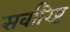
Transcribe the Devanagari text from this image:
सर्वारिष्ट